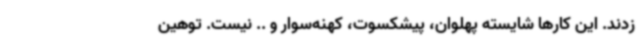
زدند. این‌ کارها شایسته پهلوان، پیشکسوت، کهنه‌سوار و .. نیست. توهین